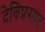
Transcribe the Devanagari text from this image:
देविप्रसाद